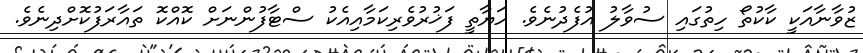
ޒުވާނާއަކީ ކާކުތޯ ހިތުގައި ސުވާލު އުފެދުނެވެ. ހަޔާތީ ފަޚުރުވެރިކަމާއިއެކު ސްޓާފުންނަށް ކޮއްކޮ ތައާރަފުކޮށްދިނެވެ.